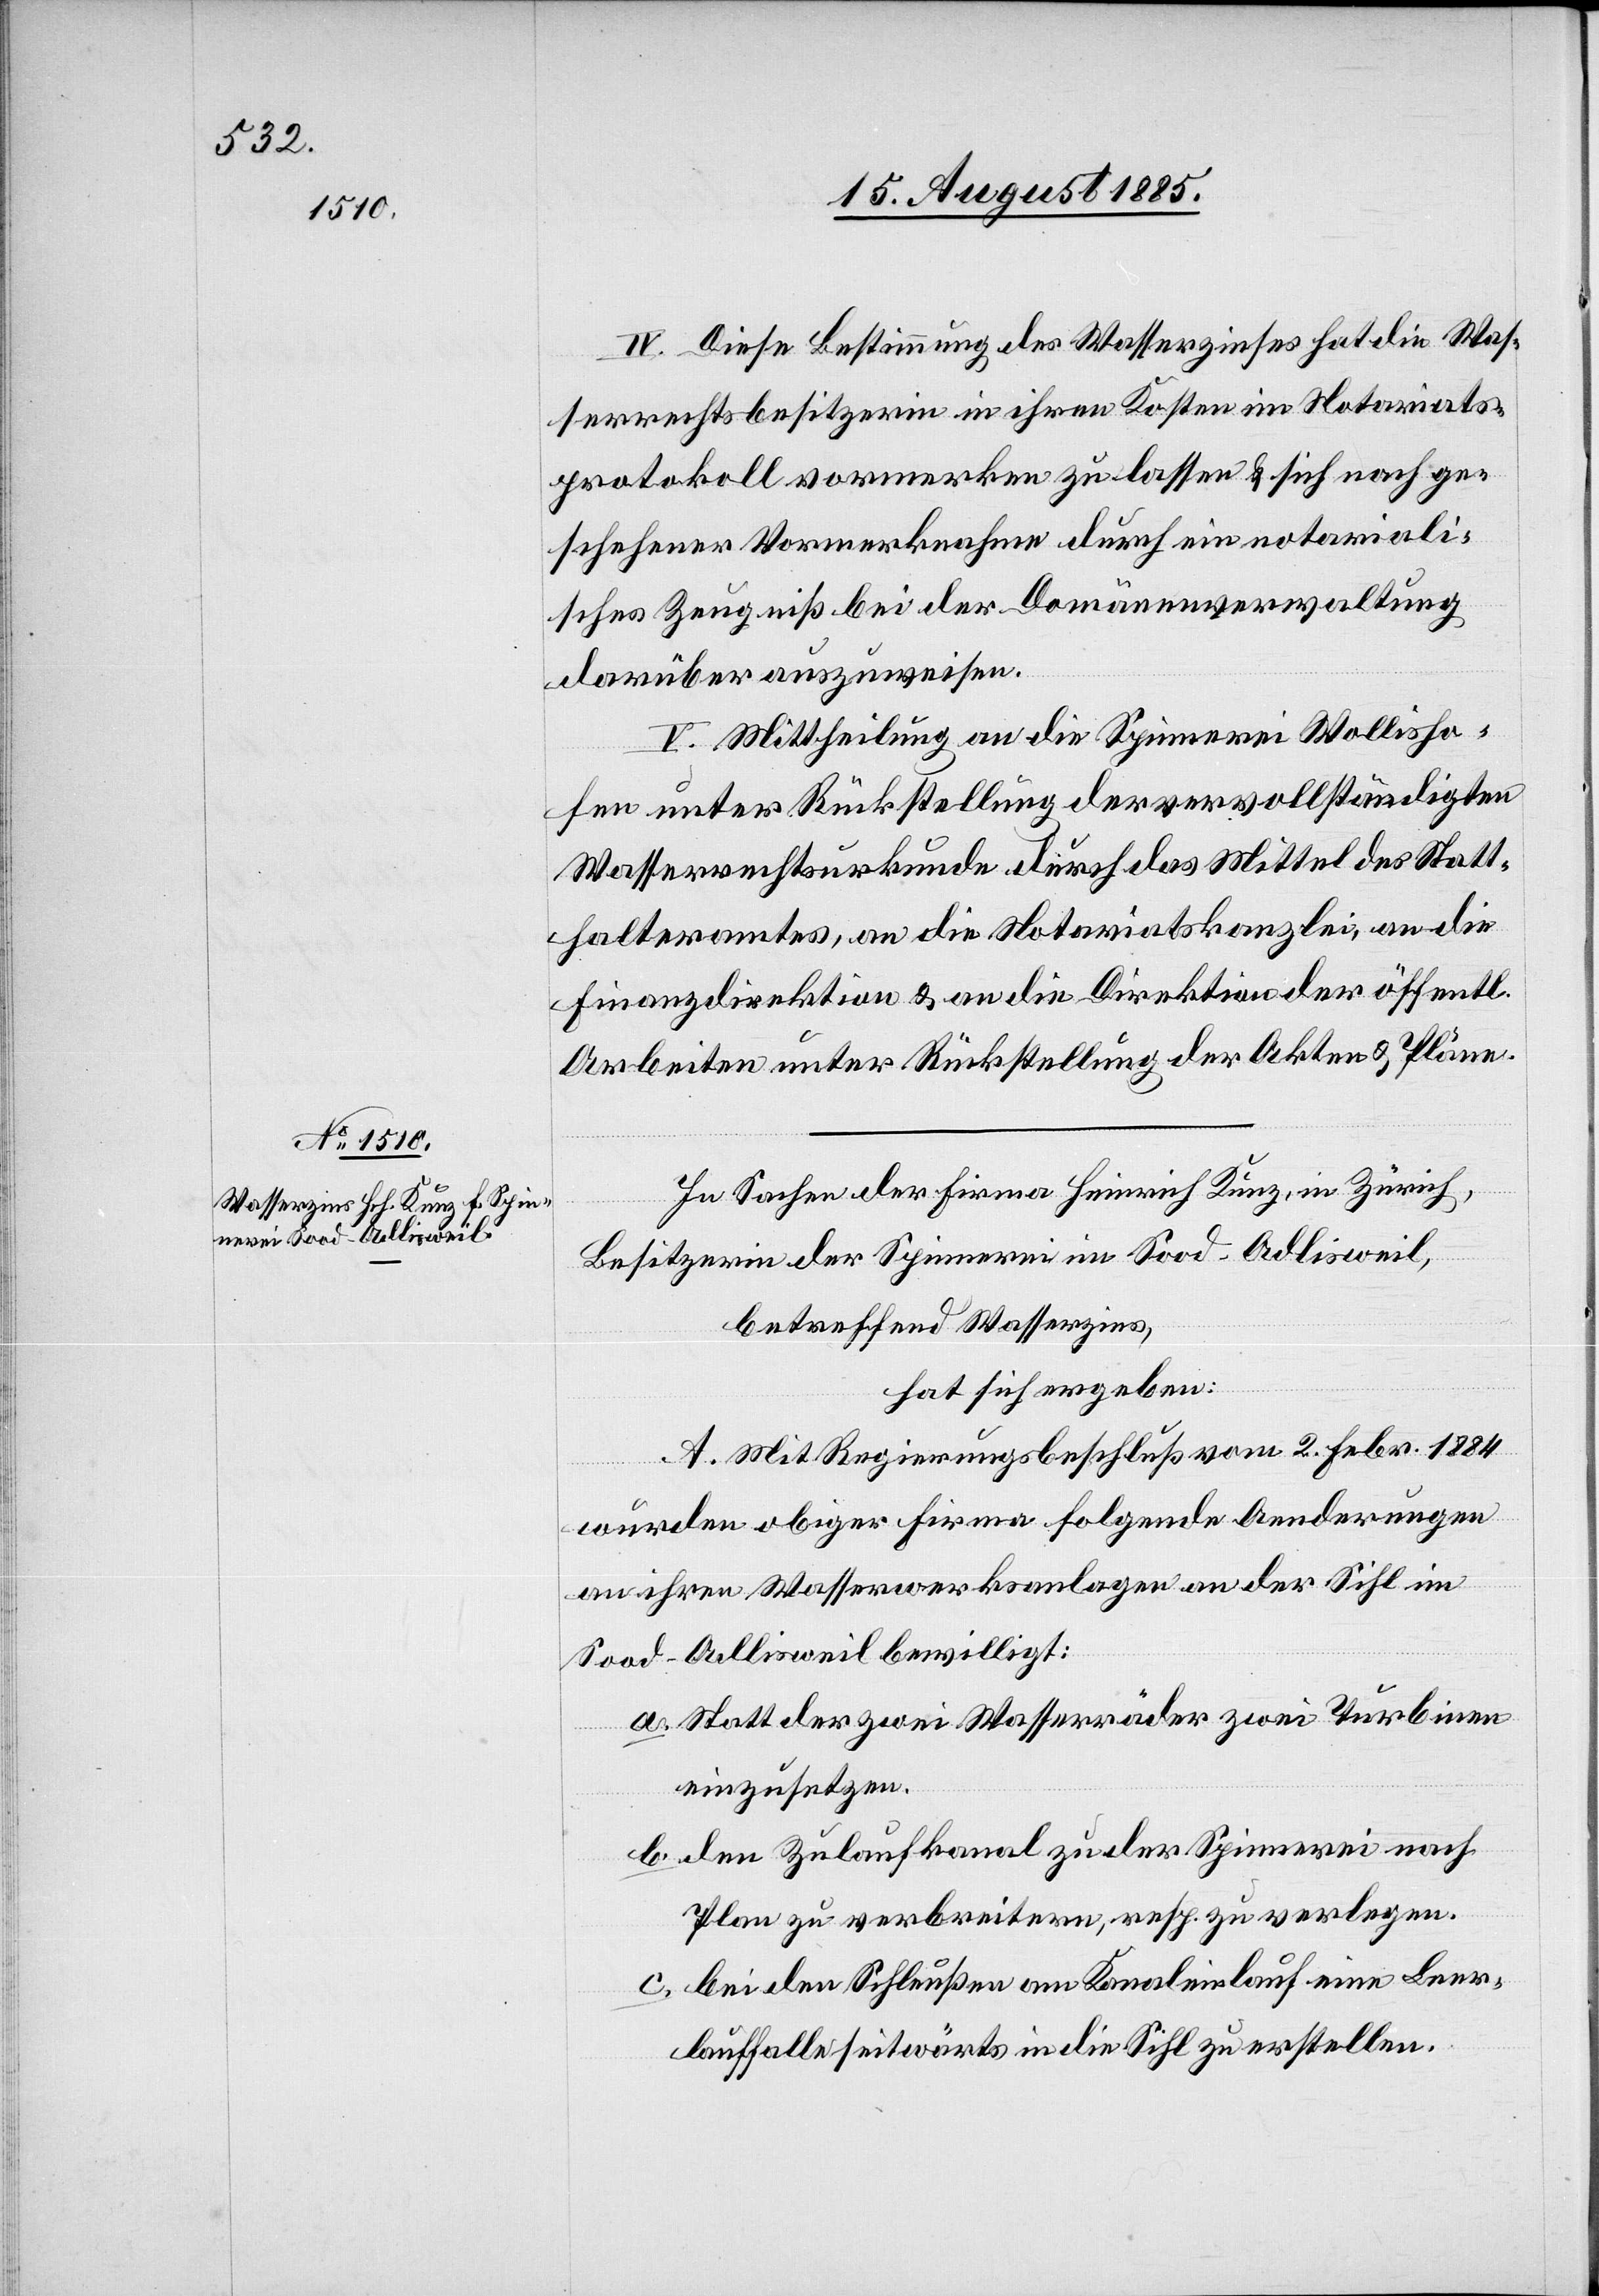
IV. Diese Bestimmung des Wasserzinses hat die Was¬
serrechtsbesitzerin in ihren Kosten im Notariats¬
protokoll vormerken zu lassen & sich nach ge¬
schehener Vormerknahme durch ein notariali¬
sches Zeugniß bei der Domänenverwaltung
darüber auszuweisen.
V. Mittheilung an die Spinnerei Wollisho¬
fen unter Rückstellung der vervollständigten
Wasserrechtsurkunde durch das Mittel des Statt¬
halteramtes, an die Notariatskanzlei, an die
Finanzdirektion & an die Direktion der öffentlic¬
Arbeiten unter Rückstellung der Akten & Pläne.
In Sachen der Firma Heinrich Kunz, in Zürich,
Besitzerin der Spinnerei im Sood - Adlisweil,
betreffend Wasserzins,
hat sich ergeben:
A. Mit Regierungsbeschluß vom 2. Febr. 1884
wurden obiger Firma folgende Aenderungen
hen
an ihren Wasserwerksanlagen an der Sihl im
Sood - Adlisweil bewilligt:
a. Statt der zwei Wasserräder zwei Turbinen
einzusetzen.
b. den Zulaufkanal zu der Spinnerei nach
Plan zu verbreitern, resp. zu verlegen.
c. bei den Schleußen am Kanaleinlauf eine Leer¬
lauffalle seitwärts in die Sihl zu erstellen.